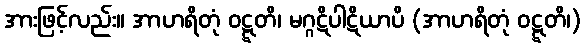
အားဖြင့်လည်း။ အာဟရိတုံ ဝဋ္ဋတိ၊ မဂ္ဂဋိပါဋိယာပိ (အာဟရိတုံ ဝဋ္ဋတိ၊)